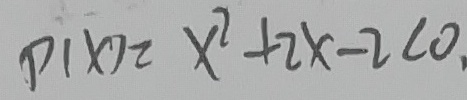
P ( X ) = x ^ { 2 } + 2 x - 2 < 0 .